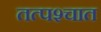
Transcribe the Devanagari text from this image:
तत्‍पश्‍चात